Annual administration report of the Civil Veterinary Department, Ajmere-Merwara, British Rajputana - 1914-1940
Year: 1914
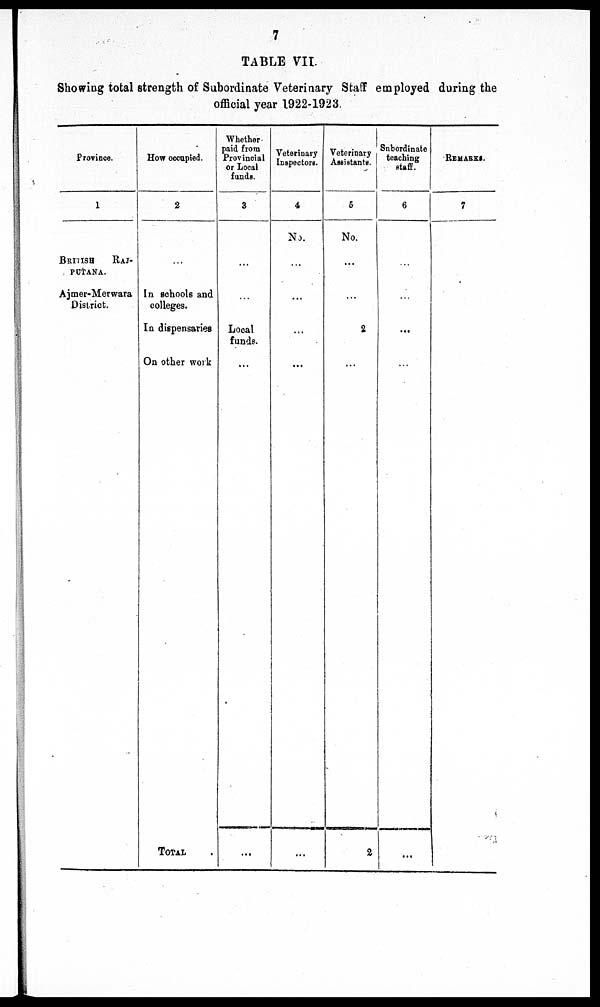
7
TABLE VII.
Showing total strength of Subordinate Veterinary Staff employed during the
official year 1922-1923.
Province.
1
BRITISH
RAJ-
PUTANA.
Ajmer-Merwara
District.
How occupied.
2
...
In schools and
colleges.
In dispensaries
On other work
TOTAL .
Whether
paid from
Provincial
or Local
funds.
3
...
...
Local
funds.
...
...
Veterinary
Inspectors.
4
No.
...
...
...
...
...
Veterinary
Assistants.
5
No.
...
...
2
...
2
Subordinate
teaching
staff.
6
...
...
...
...
...
REMARKS.
7